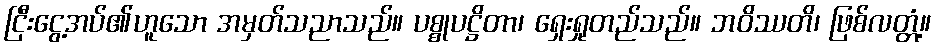
ငြီးငွေ့အပ်၏ဟူသော အမှတ်သညာသည်။ ပစ္စုပဋ္ဌိတာ၊ ရှေးရှုတည်သည်။ ဘဝိဿတိ၊ ဖြစ်လတ္တံ့။